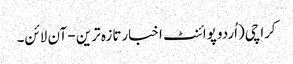
کراچی(اُردو پوائنٹ اخبارتازہ ترین - آن لائن۔